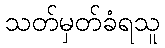
သတ်မှတ်ခံရသူ